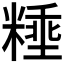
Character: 𰫈